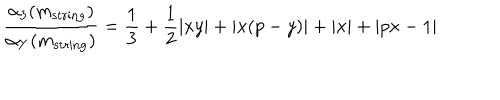
\frac { \alpha _ { 3 } ( m _ { \mathrm { s t r i n g } } ) } { \alpha _ { Y } ( m _ { \mathrm { s t r i n g } } ) } = \frac { 1 } { 3 } + \frac { 1 } { 2 } | x y | + | x ( p - y ) | + | x | + | p x - 1 |